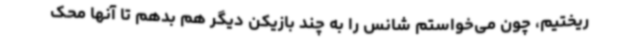
ریختیم، چون می‌خواستم شانس را به چند بازیکن دیگر هم بدهم تا آنها محک